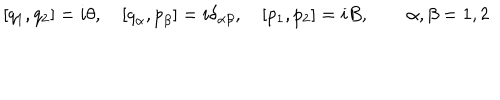
LaTeX: [ q _ { 1 } , q _ { 2 } ] = i \theta , \quad [ { q } _ { \alpha } , { p } _ { \beta } ] = i \delta _ { \alpha \beta } , \quad [ p _ { 1 } , p _ { 2 } ] = i B , \quad \quad \alpha , \beta = 1 , 2